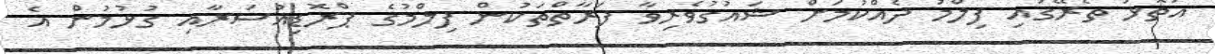
އަތޮޅު ތެރޭގައި ފިލްމު ދެއްކުމަށް ޝައުގުވެރިވާ ފަރާތްތަކުން ފިލްމުގެ ޕްރޮޑިއުސަރާއި ގުޅުމުން އެ